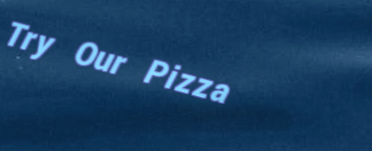
Try Our Pizza